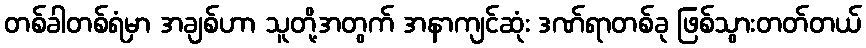
တစ်ခါတစ်ရံမှာ အချစ်ဟာ သူတို့အတွက် အနာကျင်ဆုံး ဒဏ်ရာတစ်ခု ဖြစ်သွားတတ်တယ်